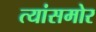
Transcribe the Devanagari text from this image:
त्यांसमोर